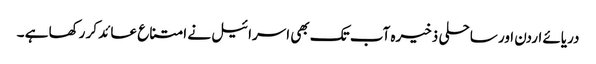
دریائے اردن اور ساحلی ذخیرہ آب تک بھی اسرائیل نے امتناع عائد کر رکھا ہے ۔